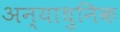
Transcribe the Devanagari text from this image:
अन्याधुनिक